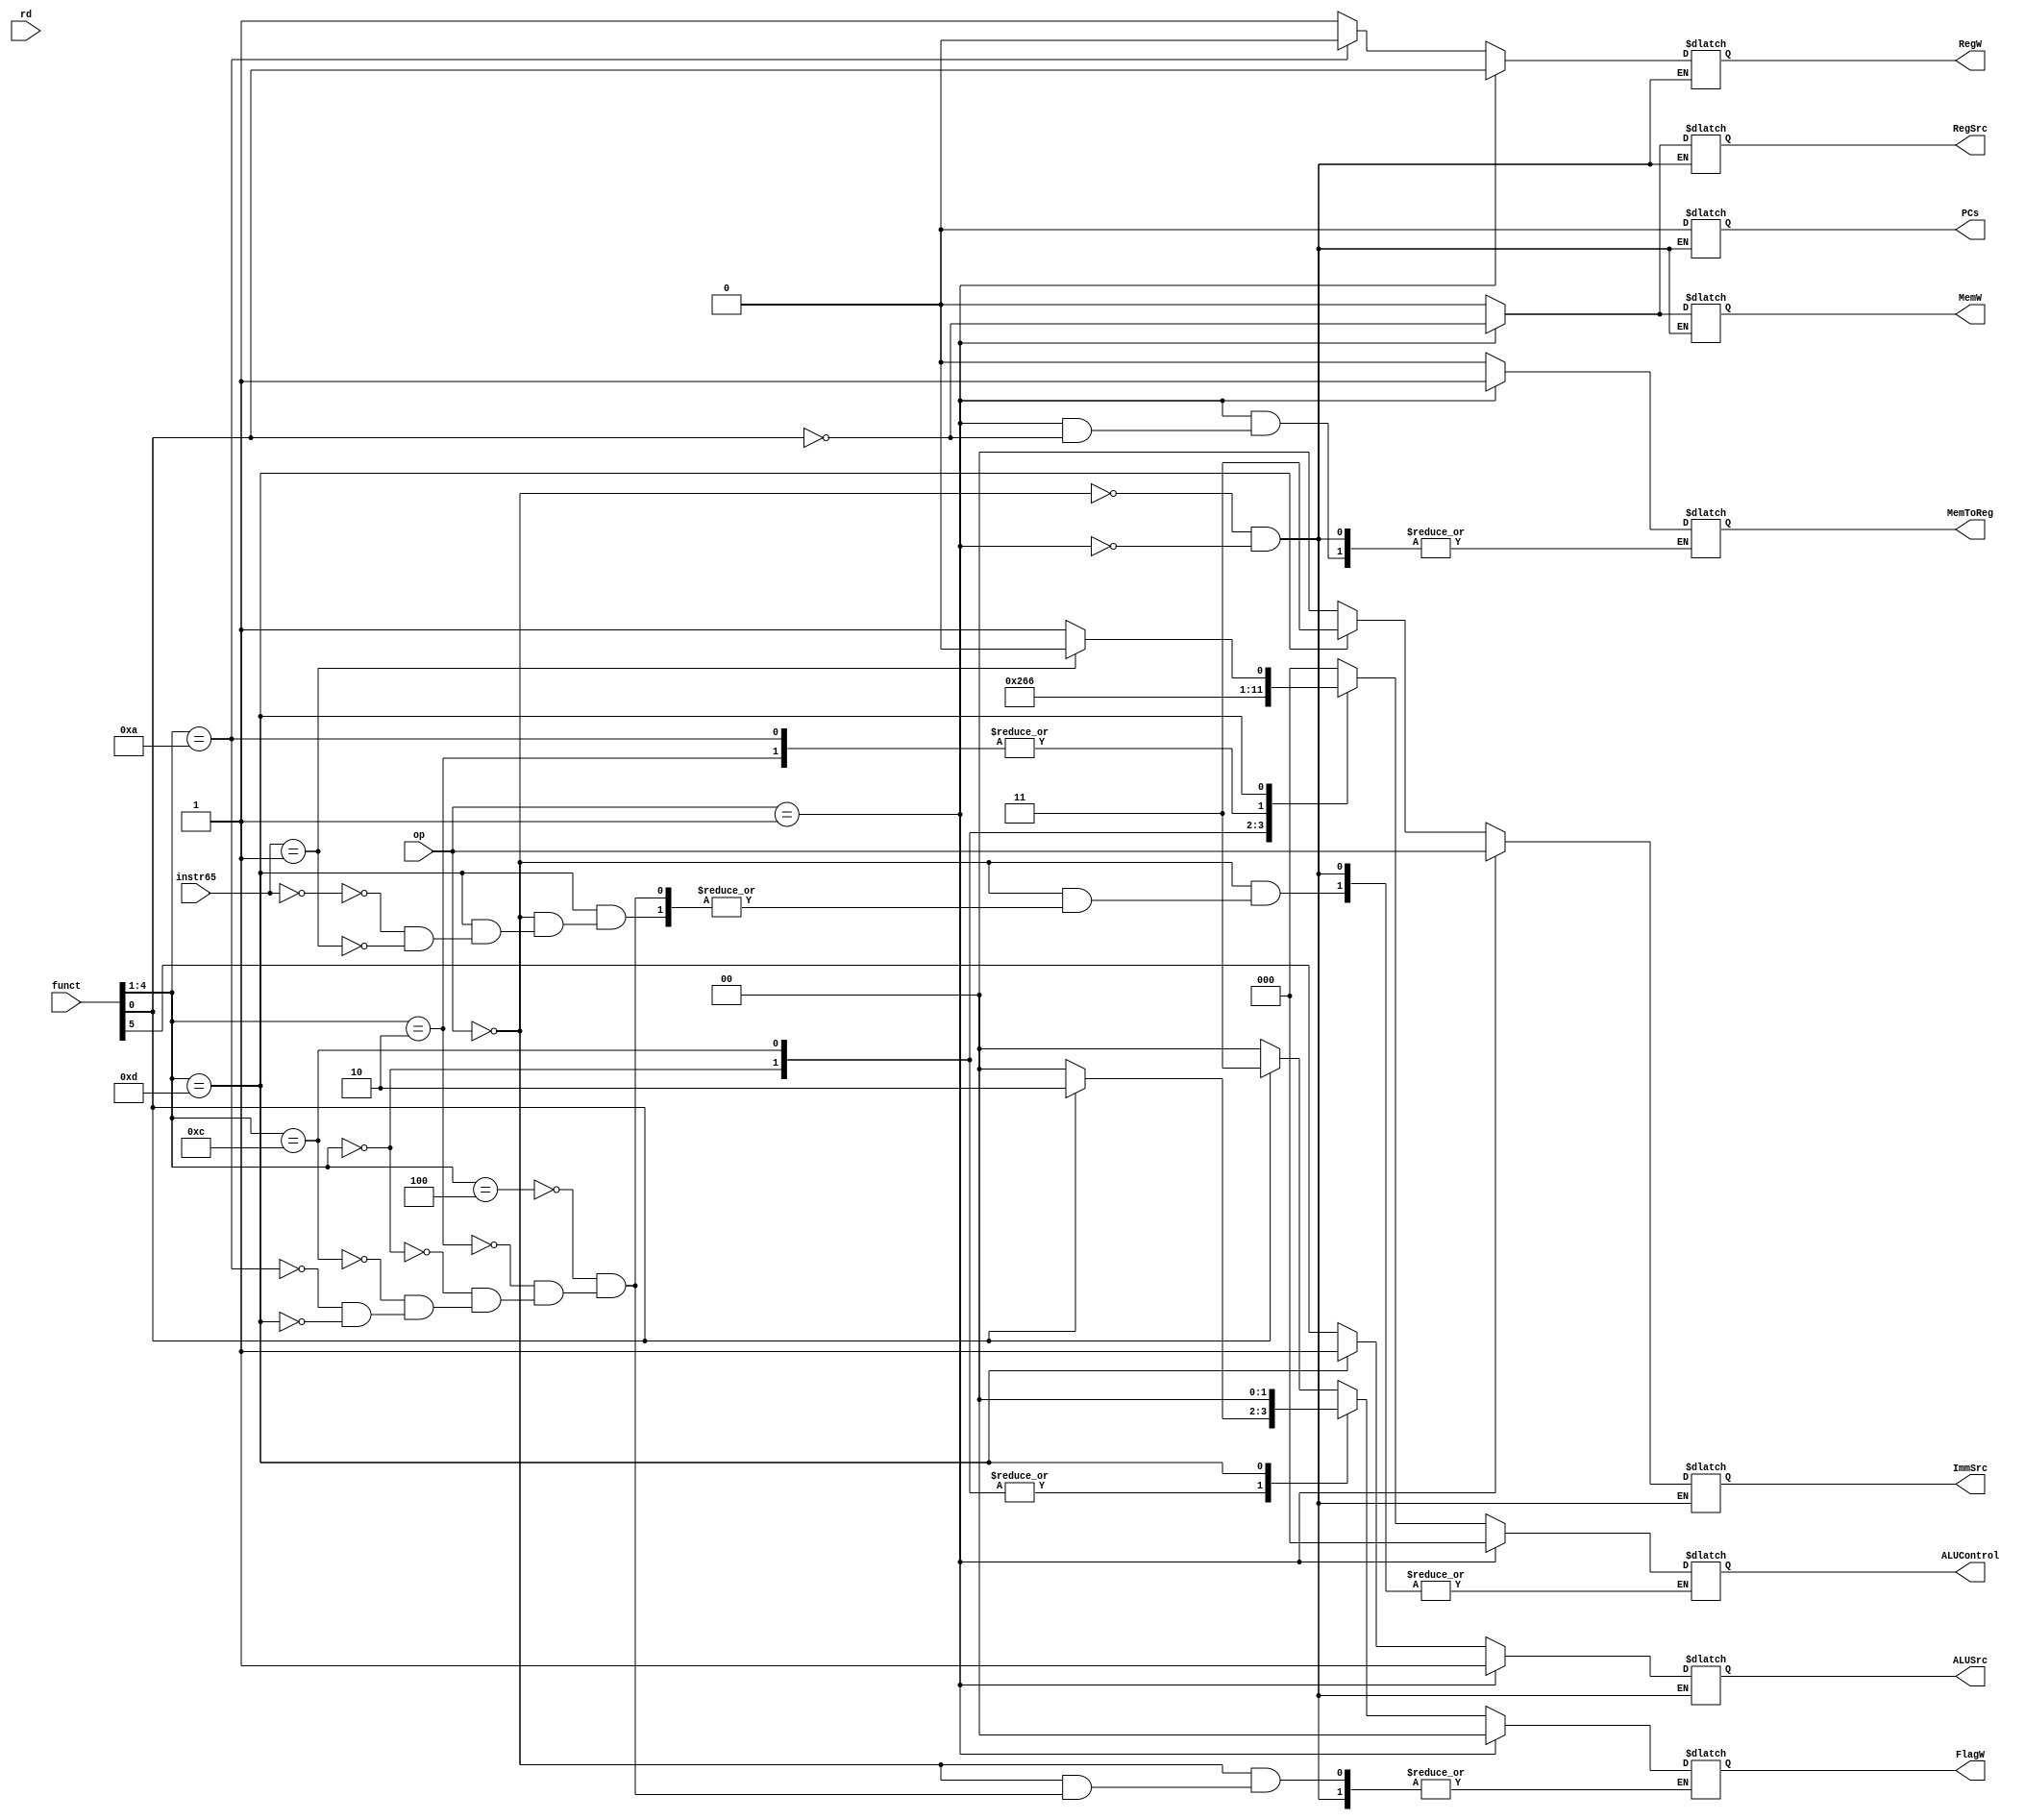
module controller_singleCycle_decoder(

//input ports
input [1:0] op,
input [5:0] funct,
input [3:0] rd,
input [1:0] instr65,

//output ports
output reg [1:0] FlagW,
output reg PCs,
output reg RegW,
output reg MemW,
output reg [1:0] ImmSrc,
output reg MemToReg,
output reg ALUSrc,
output reg RegSrc,
output reg [2:0] ALUControl
);

always @(*)
begin
	case(op)
	2'b00://data processing
	begin //funct25=I
			//funct20=S
		PCs=0;
		MemToReg=0;
		MemW=0;
		RegSrc=0;
		
		if(funct[4:1]==4'b1010)//cmp 
			begin
			RegW=0;
			end
		else //otherwise
			begin
			RegW=1;
			end
			
		if(funct[4:1]==4'b1101)//shift 
			begin
			ImmSrc=2'b11;
			ALUSrc=1'b1;
			end
		else //otherwise
			begin
			ImmSrc=2'b00;
			ALUSrc=funct[5];
			end
	
	
		case(funct[4:1])
				4'b0100://add
				begin
						ALUControl=3'b000;
						//S control
							if(funct[0])
								begin
									FlagW=2'b11;
								end
							else
								begin
									FlagW=2'b00;
								end
				end
						
				4'b0010://sub
				begin
						ALUControl=3'b001;
						//S control
							if(funct[0])
								begin
									FlagW=2'b11;
								end
							else
								begin
									FlagW=2'b00;
								end
				end
				
				4'b0000://and
				begin
						ALUControl=3'b010;
						//S control
							if(funct[0])
								begin
									FlagW=2'b10;
								end
							else
								begin
									FlagW=2'b00;
								end
				end
				
				4'b1100://orr
				begin
					ALUControl=3'b011;
						//S control
							if(funct[0])
								begin
									FlagW=2'b10;
								end
							else
								begin
									FlagW=2'b00;
								end
				end
				
				4'b1010://cmp
				begin
					ALUControl=3'b001;
						//S control
							if(funct[0])
								begin
									FlagW=2'b11;
								end
							else
								begin
									FlagW=2'b00;
								end
				end
				
				4'b1101://shift
				begin
				FlagW=2'b00;
					case(instr65)
						2'b00://shift left and I=0
						begin
						ALUControl=3'b101;
						end
						2'b01://shift right and I=0
						begin
						ALUControl=3'b100;
						end
					endcase
						
				end
			
				
		endcase
	end
	
	2'b01://memory
	begin
	FlagW=2'b00;
	PCs=0;
	ALUControl=3'b000;
	ALUSrc=1;
	ImmSrc=op;
	RegW=funct[0];
	MemW=~funct[0];
	RegSrc=~funct[0];
	
		case(funct[0])
			1'b1://load
			 begin
				MemToReg=1;
			 end
			1'b0://store
			 begin
			 end
		endcase
		
	end
	endcase
end




endmodule